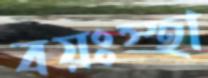
বয়ঃস্হা